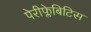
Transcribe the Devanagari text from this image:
पेरीफ्लेबिटिस